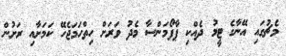
މެޗުގައި އޭނާގެ ޓީމު ދެއްކި ޕާފޯމަންސާ މެދު ވަރަށް ހިތްހަމަޖެހޭ ކަމަށާއި ރަށުން